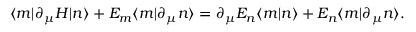
\langle m | \partial _ { \mu } H | n \rangle + E _ { m } \langle m | \partial _ { \mu } n \rangle = \partial _ { \mu } E _ { n } \langle m | n \rangle + E _ { n } \langle m | \partial _ { \mu } n \rangle .